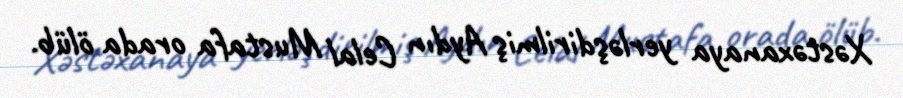
Xəstəxanaya yerləşdirilmiş Aydın Celal Mustafa orada ölüb.